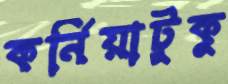
কর্নিয়াটুকু